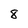
Character: 8